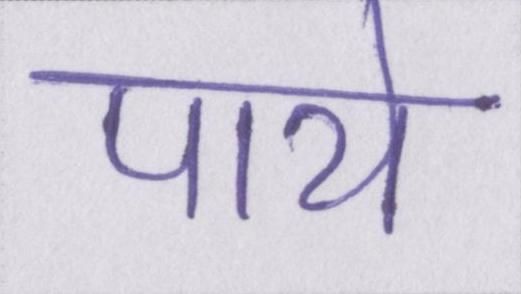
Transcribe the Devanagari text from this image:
पाये